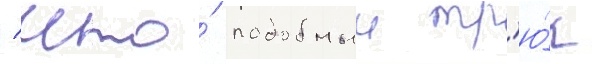
/ что́ подобныи тр'ю́к